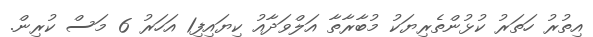
އިތުރު ހަތަރު ކުޅުންތެރިޔަކު މުބާރާތާ އަލްވަދާއު ކިޔައިފި1 އަހަރު 6 މަސް ކުރިން.